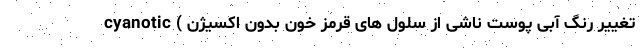
cyanotic ( تغییر رنگ آبی پوست ناشی از سلول های قرمز خون بدون اکسیژن